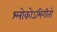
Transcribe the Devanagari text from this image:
श्लोकोऽभिगीतो